Vital statistics of India. Vol. IV, Annual returns from 1871 to 1876. British Army of India, Native Army and jails of Bengal
Year: 1871
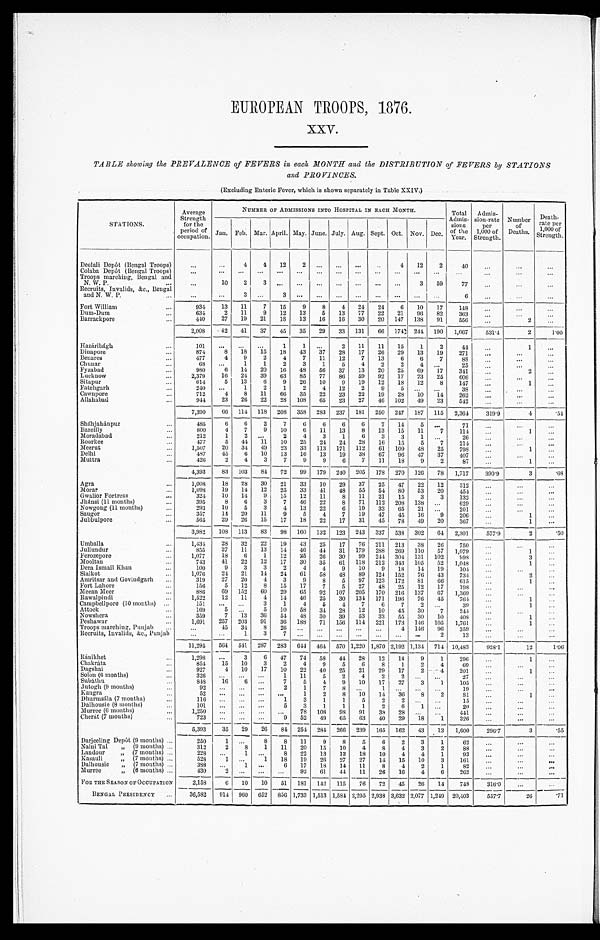
EUROPEAN TROOPS, 1876.
XXV.
TABLE showing the PREVALENCE of FEVERS in each MONTH and the DISTRIBUTION of FEVERS by STATIONS
and PROVINCES.
(Excluding Enteric Fever, which is shown separately in Table XXIV.)
STATIONS.
Average
Strength
for the
period of
occupation.
NUMBER OF ADMISSIONS INTO HOSPITAL IN EACH MONTH.
Total
Admis- sions
of the Year
Admis-
s i o n - r a t e
per
1, 000 of St rengt h.
Number
of
Deaths.
Death-
rate per
1,000 of
Strength.
Jan. Feb. Mar.
A p r i l .
May. June. July. Aug. Sept. Oct. Nov. Dec.
Deolali Depôt (Bengal Troops)
...
...
4
4
12
2
. . .
...
...
..
4
12
2
4 0
. . .
. . .
...
Colaba Depôt (Bengal Troops)
...
...
...
...
. . .
...
...
...
...
...
. . . ...
. . .
. . .
. . .
. . . ...
Troops marching, Bengal and
. . . 10
2
3
. . .
...
...
...
. . .
...
. . .
3
59
77
. . .
...
...
N. W. P.
. . .
Recruits, Invalids, &c., Bengal
. . . ...
3
. . . 3
. . .
. . .
. . .
. . .
. . .
. . .
. . .
. . .
6
...
...
...
and N. W. P.
. . .
Fort William
...
934
13
11
7
15
9
8
4
24
24
6
10
17
148
...
...
...
Dum-Dum
...
634
2
11
9
12
13
5
13
17
22
21
96
82
363
. . . ...
...
Barrackpore
. . .
410
27
19
21
18
13
16
16
30
20 147 138 91
556
...
2
...
2,008
42
41
37
45
35
29
33 131
66 174 244 190 1,067
531.4
2
1.00
Hazáribágh
. . .
101
. . .
. . .
. . . 1
1 ...
2
11
11
15
1
2
44
...
1
...
Dinapore
. . .
8 7 4
8 18
15
18
43
37
28
17
26
29
13
19
271
...
. . . ...
Benares
. . .
4 7 7
4
9 2
4
7
11
12
7
13
6
6
7
88
. . . ...
...
Chunar
. . .
6 8
. . .
1
1
2
3
1
5
4
2
2
4 ...
25
...
...
...
Fyzabad
. . .
9 8 0
6
1 4 20
16
48 56
37
13
20
25
69
17
341
. . .
2
...
Lucknow
. . .
2,379
1 6 24
39 63
85
77
86
59
92
17
23
25
606
...
. . .
...
Sitapur
. . .
6 1 4
5
13
6
9
26
10
9 19
12
18
12
8
147
...
1
...
Fatehgarh
. . .
240
. . . 1
2
1
2
4 12
2
9
5
. . .
. . . 38
...
...
...
Cawnpore
. . .
712
4
8
11
66
35
22
23
22
19
28
10
14
262
... ...
...
Allahabad
...
944
23
26
22
28 108
65
23
27
46 102
49
23
542
. . .
. . .
...
7,390
6 6 114 118 208 358 283 237 181 250 247 187 115 2,364
319.9
4
. 5 4
Shahjahanpur
. . .
485
6
6
2
7
6
6
6
6
7
14
5
. . . 71
... ...
...
Bareilly
...
8 0 0
4
7
9
10
6
11
13
8
13
15
11
7
114
...
1
...
Moradabad
...
212
1
2
. . . 2
4
3
1
6
3
3
1
. . .
26
... ...
...
Roorkee
. . .
477
5
44 11
10
25
24
24
28
16
15
5
7
214
...
...
...
Meerut
...
1,507
20
34 49
23
33 113 171 112
61 100
48
25
703
...
1
...
Delhi
. . .
487
45
6
10
13
16
13
19
38
67
96
47
37
407
...
...
...
Muttra
...
426
2
4
3
7
9
9
6
7
11
18
9
2
87
...
1
...
4,393
83 103
84
72
99 179 240 205 178 270 126 78 1,717
390.9
3
. 6 8
Agra
...
1,008
18
28 30
21
33
10
29
37
25
47
22
12
312
. . .
...
. . .
Morar
...
1,098
19
14
12
25
33
41
48
55
54
80
53
20
454
...
. . .
. . .
Gwalior Fortress
...
324
10
14
9
15
12
11
8
11
21
15
3
3
132
...
...
...
Jhánsi (11 months)
. . .
395
8
6
3
7
46
22
8
71 112 208 138 ...
629
...
...
...
Nowgoug (11 months)
...
293
10
5
3
4
13
22
6
19
33 65
21 ...
201
...
...
...
Saugor
...
357
14 20 11
9
5
4
7
19
47
45
16
9
206
...
1
...
Jubbulpore
...
565
29
26 15
17
18
22
17
31
45
78
49
20
367
...
1
...
3,982
108 113
83
98 160 132 123 243 337 538 302
64 2,301
577.9
2
. 5 0
Umballa
. . .
1,434
28 32
22
19
43
25
17
76 211 213
38
26
750
...
. . .
. . .
Jullundur
...
855
27
11
13
14
46
44
31 179 288 269 110
57 1,079
...
1
...
Ferozepore
. . .
1,077
18
6
1
12 25
26
30
99 244 304 131 102
998
...
3
...
Mooltan
...
743
41
22
12
17
30
35
61 118 212 343 105
52 1,048
...
1
. . .
Dera Ismail Khan
. . .
100
9
3
3
2
4
4
9
10
9
18
14
19
104
... ...
...
Sialkot
. . .
1,076
24
21
14
24
61
58
43
89 124 152
76
43
734
...
2
...
Amritsar and Govindgarh
. . .
319
27
20
4
3
9
8
5
97 123 172
81
66
615
...
1
...
Fort Lahore
. . .
156
5
12
8
15
17
7
5
27 48
25
12
17
198
... ...
...
Meean Meer
...
886
69 152
60
29 65
92 107 205 170 216 137
67 1,369
...
...
. . .
Rawalpindi
...
1,522
12
11
4
14
46
25
30 134 171 196
76
45
764
...
1
...
Campbellpore (10 months)
. . .
151
...
...
3
1
4
5
4
7
6
7
2
. . .
39
...
1
...
Attock
...
169
5
. . .
5
1 0 58
34 28
12
10
45
30
7
244
...
...
...
Nowshera
...
359
7
13
36
54 48
30
39
53
33
55
30
10
408
...
1
...
Peshawar
...
1,691
257 203
91
36 188
71 156 114 221 173 146 105 1,761
...
1
. . .
Troops marching, Punjab ...
...
45
34
8
26 ...
... . . . . . .
...
4 146
96
359
...
...
...
Recruits, Invalids, &c., Punjab
...
...
1
3
7
. . .
. . .
. . . . . .
. . .
. . .
. . . 2
13
...
...
...
11,295
564 541 287 283 644 464 570 1,220 1,870 2,192 1,134 714 10,483
928.1
12
1.06
Ránikhet
. . .
1,298
. . .
3
6
47
74
58
44
28
12
14
9
1
296
...
1
...
Chakráta
...
854
15
10
3
2
4
9
5
6
8
1
2
4
69
...
...
...
Dagshai
...
927
4
10
17
10
22
40
25
21
29
17
2
4
201
...
1
...
Solon (6 months)
...
3 2 6
. . .
. . .
. . .
1
11
5
2
4
2
2 ...
...
27
...
...
...
Subáthu
. . .
848
16
6
. . .
7
5
4
9
10
17
27
3
1
105
...
...
...
Jutogh (9 months)
...
92
. . .
. . .
. . .
2
1
7
8
. . . 1
. . .
. . .
. . .
19
...
...
. . .
Kangra
...
5 2
. . .
. . .
. . . ...
1
2
8
10
14
36
8
2
81
...
1
...
Dhurmsála (7 months)
. . .
116
...
...
. . .
1
3
1
1
5
2
2
. . .
. . .
15
...
...
...
Dalhousie (8 months)
. . .
1 0 1
. . .
. . .
. . .
5
3
1
1
1
2
6
1
. . .
20
...
...
...
Murree (6 months)
...
1,250
...
...
...
...
78 108
98 91
38 28 ...
...
441
...
...
...
Cherát (7 months)
...
7 2 3
. . . . . .
. . .
9
52
49
65
63
40
29
18
1
326
...
. . . ...
5,393
35
29
26
84 254 284 266 239 165 162
43
13 1,600
296.7
3
. 5 5
Darjeeling Depôt (9 months) ...
250
1
. . . 8
8
11
9
8
5
6
2
3
1
62
...
. . .
...
Naini Tal
„ (9 months) . . .
312
2
8
1
11
20
15
10
4
8
4
3
2
88
...
...
...
Landour
„ (7 months) ...
228
...
1
. . .
8
22
13
12
18
10
4
4
1
93
...
...
...
Kasauli
„ (7 months) ...
528
1 ...
1
18
19
26 27
27
14
15
10
3
161
. . .
...
. . .
Dalhousie „ (7 months) ...
388
...
1
. . .
6
17
18
14
11
8
4
2
1
82
...
...
. . .
Murree
„ (6 months) ...
430
2 ...
...
...
92
61
44
11
26
16
4
6
262
...
...
...
FOR THE SEASON OF OCCUPATION
2,158
6 10
10
51 181 142 115
76
72
45
26
14
748
316.0
... ...
BENGAL PRESIDENCY ...
36,582
914 960 652 856 1,733 1,513 1,584 2,295 2,938 3,632 2,077 1,249 20,403
557.7
26
. 7 1